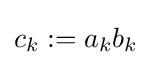
c_{k}:=a_{k}b_{k}